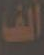
ألف